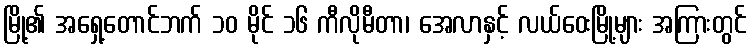
မြို့၏ အရှေ့တောင်ဘက် ၁၀ မိုင် ၁၆ ကီလိုမီတာ၊ အေလာနှင့် လယ်ဝေးမြို့များ အကြားတွင်